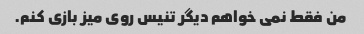
من فقط نمی خواهم دیگر تنیس روی میز بازی کنم.